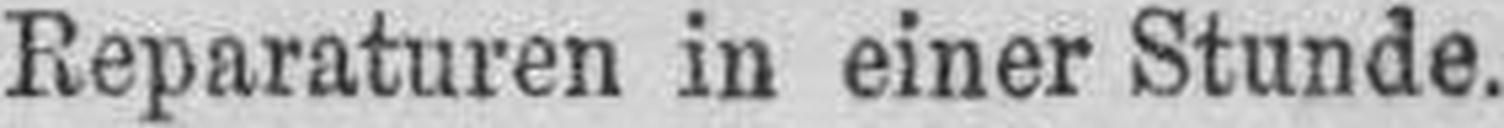
Reparaturen in einer Stunde.